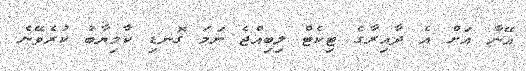
އޭނާ އަށް އެ ދާއިރާގެ ޓިކެޓް ލިބިއްޖެ ނަމަ ގޮނޑި ކާމިޔާބު ކުރެވޭނެ